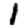
Digit: 1